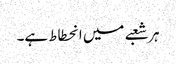
ہر شعبے میں انحطاط ہے۔